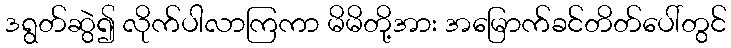
ဒရွတ်ဆွဲ၍ လိုက်ပါလာကြကာ မိမိတို့အား အမြောက်ခင်တိတ်ပေါ်တွင်